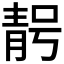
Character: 𮧃